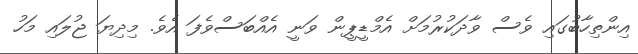
އިންތިހާބުގައި ވެސް ވާދަކުރުމަށް އެމްޑީޕީން ވަނީ އެއްބަސްވެފަ އެވެ. މިދިޔަ ޖުލައި މަހު